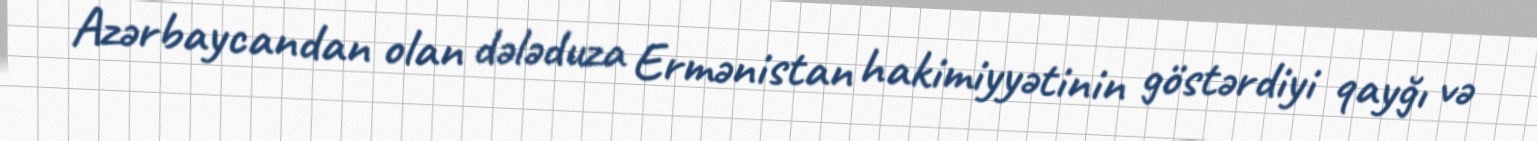
Azərbaycandan olan dələduza Ermənistan hakimiyyətinin göstərdiyi qayğı və